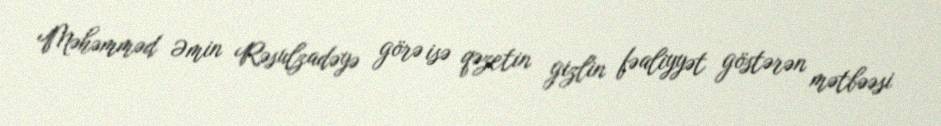
Məhəmməd Əmin Rəsulzadəyə görə isə qəzetin gizlin fəaliyyət göstərən mətbəəsi